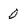
Character: 0